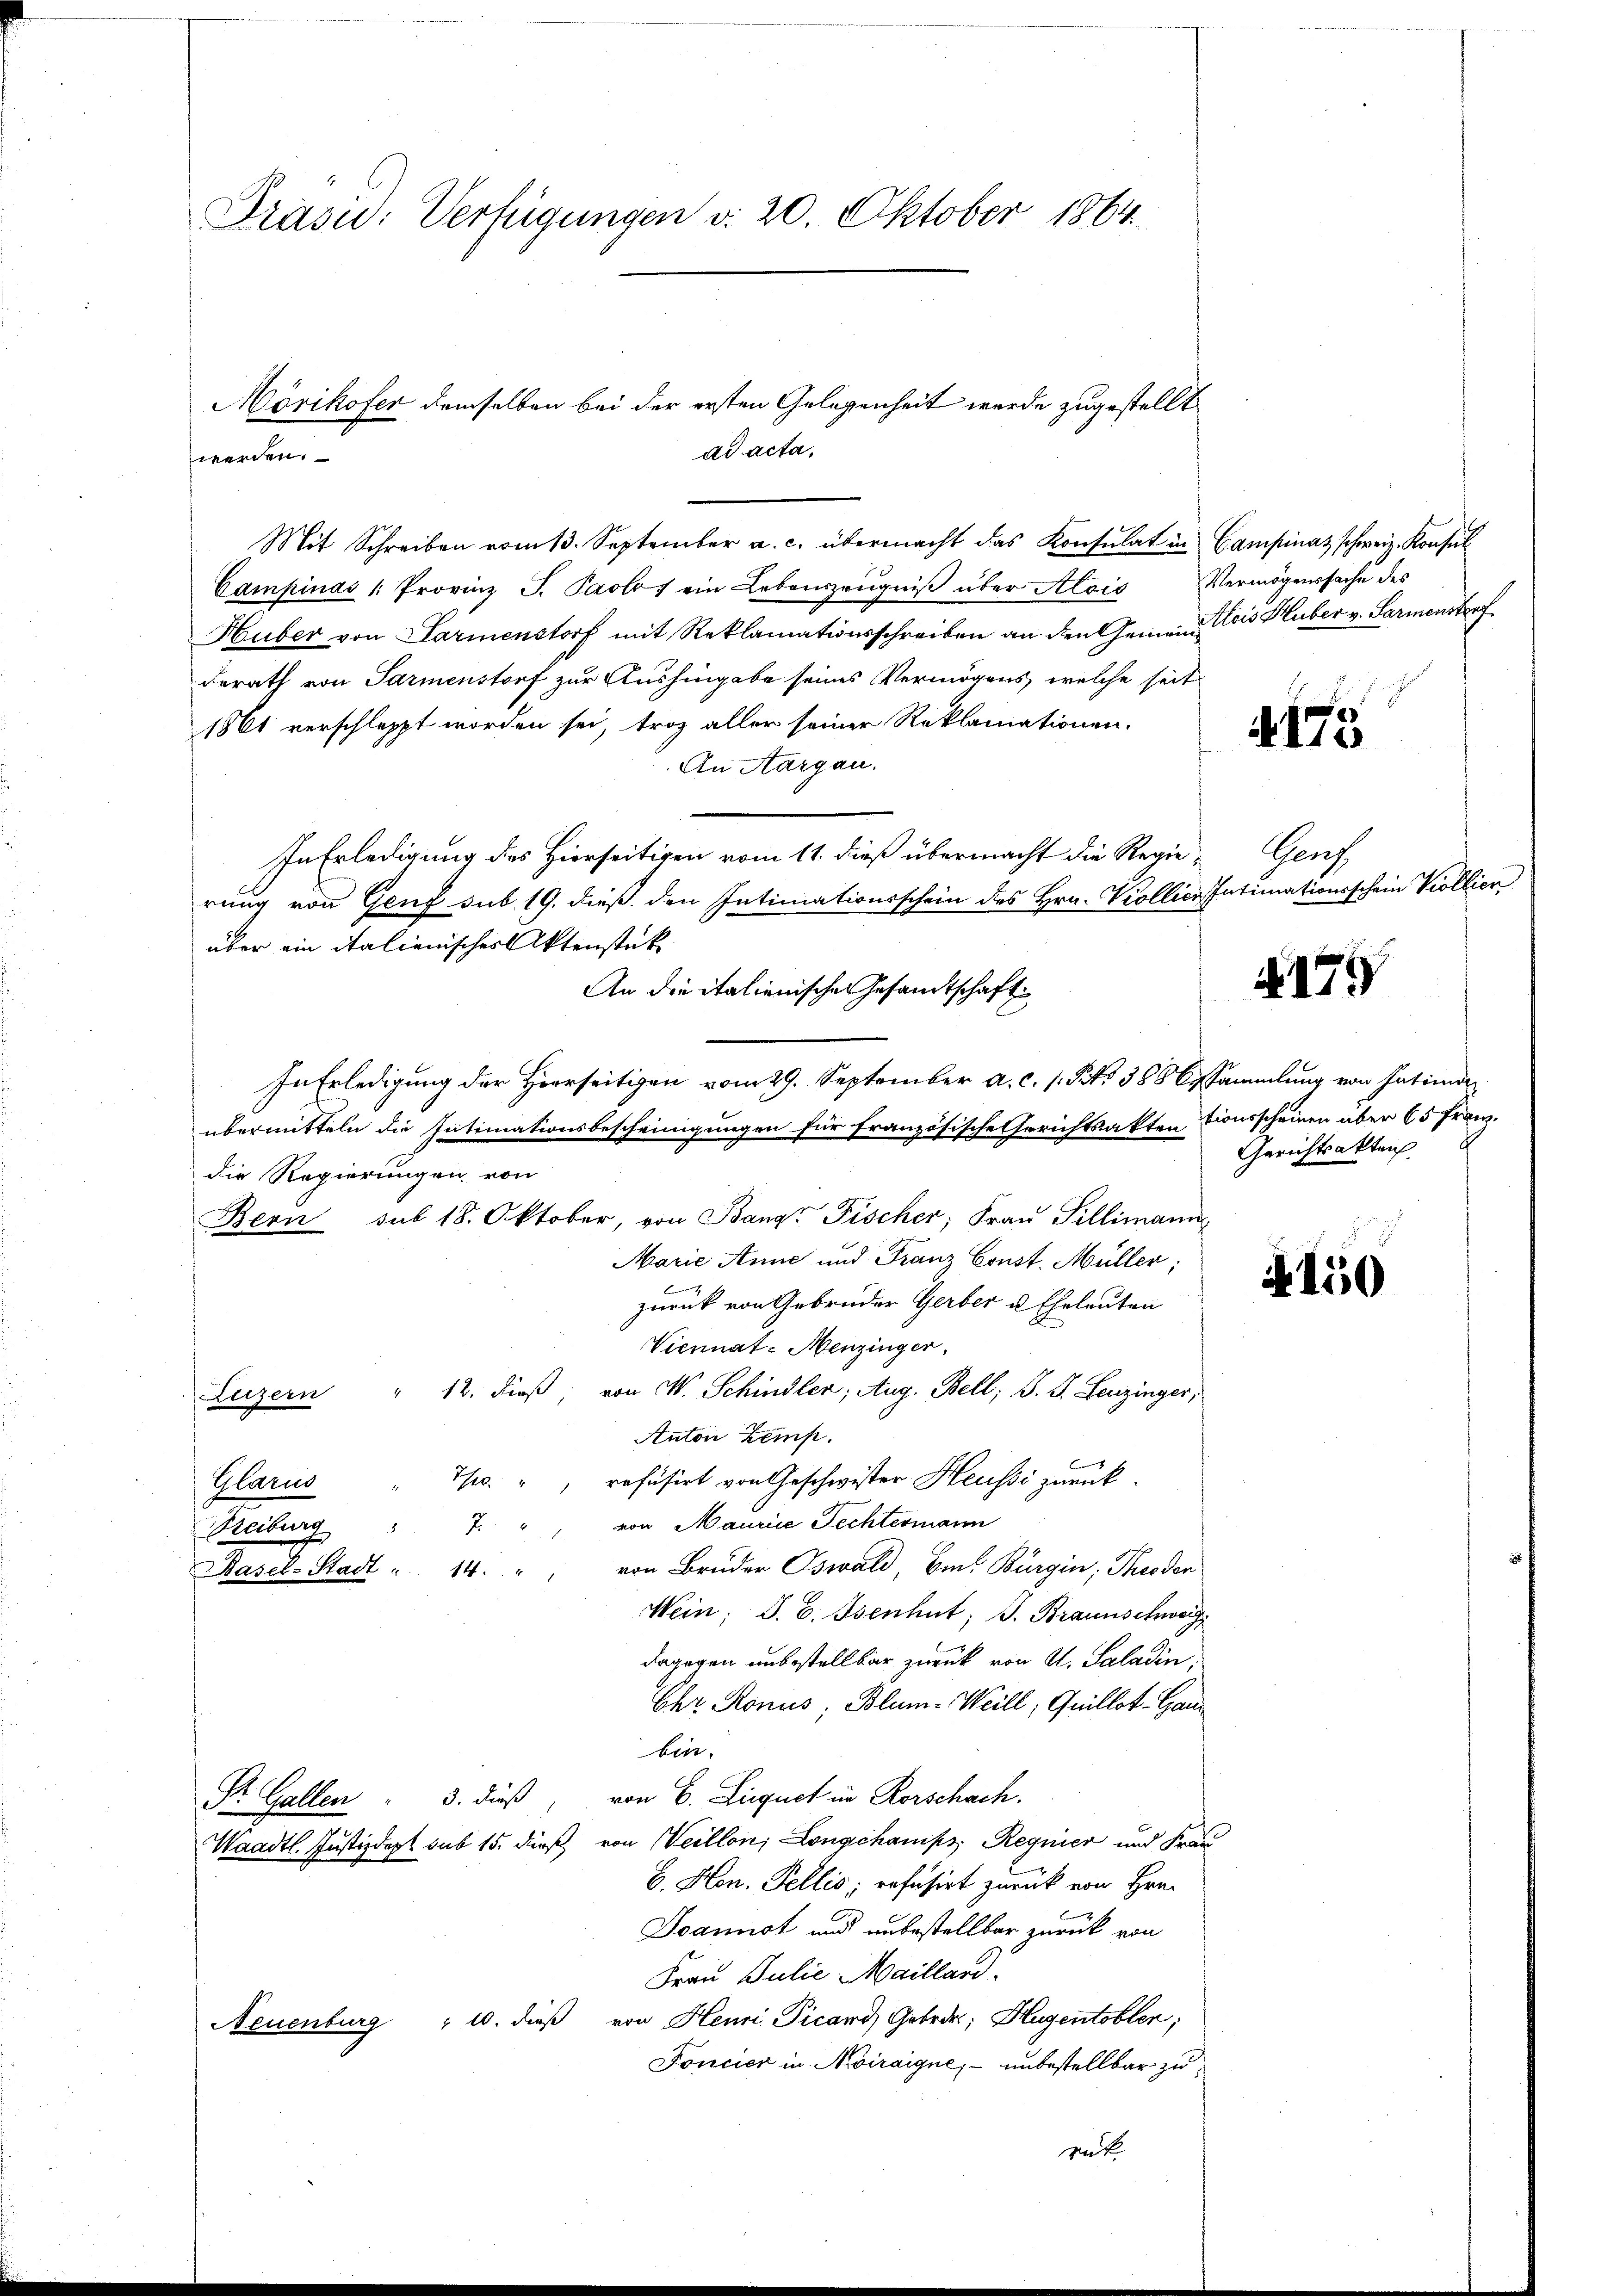
Präsu: Verfügungen d. 20. Oktober 1864.

ad acta.
Mit Schreiben vom 13. September a. c. übermacht das Konsulat in Campinas schweiz. Konsul
Campinas /: Provinz J. Paolos ein Lebenszeugniß über Alois Vermögenssache des
Huber von Parmenstorf mit Reklamationsschreiben an den Gemein Lois Huber v. Sarmenstorf
derath von Parmenstorf zur Aushingabe seines Vermögens, welche seit
1861 verschleppt worden sei, troz aller seiner Reklamationen.
An Aargau.
In Erledigung des Hierseitigen vom 11. dieß übermacht die Regie-Genf,
rung von Genf sub 19. dieß den Intimationsschein des Hrn. Viollicz Intimationsschein Kollien
über ein italienisches Aktenstück
An die italienischen Gesandtschaft
In Erledigŭng der Herrseitigen vom 29. September a. c. 1 Pkt. 388 besammlung von Intimie
übermitteln die Intimationsbescheinigungen für französische Gerichtsakten tionsscheinen über 65 Franz.
die Regierungen von
Bern sub 18. Oktober, von Bang. Fischer, Frau Tillimann,
Marie Anne und Franz Const. Müller;
zurück von Gebrüder Gerber u. Eheleuten
Viennat-Menzinger,
" 12. dieß, von W. Schindler, Aug. Bell; S. S. Leuzinger,
Luzern
Anton Zems.
.
Ts. "" refüsirt von Geschwister Heussi zurück.
Glarus
" von Maurice Fechtermann
2
Reiburg
von Bruder Oswald, Ein Bürgin, Theoden
Basel-Stadt " 14.
Wein; S. 6. Osenhut; J. Braunschweig
dagegen unbestellbar zurück von Al. Saladin;
Chr. Ronus, Blum-Weill, Quillot-Ganbin.
Dr. Gallen " 3. dieß, von C. Liegnet in Rorschach.
Waadt. Justizdept sub 15. dieß, von Veillon, Longchanips, Regnier und Frau
b. Hon. Fellis, refusirt zurück von Hrn.
B
Joannst und unbestellbar zurück von
Frau Julie Mailland.
Neuenburg " 10. dieß von Henri Picari Gebrde; Hugentoblen;
Foncier in Moiraigne; – unbestellbar zu
rnk

Mörikofer demselben bei der ersten Gelegenheit werde zugestellt
werden.

4175

175

Gerichtsakten

A150